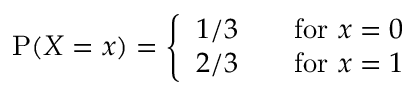
\operatorname { P } ( X = x ) = { \left\{ \begin{array} { l l } { 1 / 3 } & { \quad { \mathrm { f o r ~ } } x = 0 } \\ { 2 / 3 } & { \quad { \mathrm { f o r ~ } } x = 1 } \end{array} \right. }